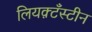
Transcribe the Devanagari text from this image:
लियक़्टँस्टीन